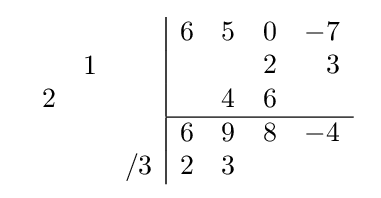
{\begin{array}{cc}{\begin{array}{rrr}\\&1&\\2&&\\\\&&/3\\\end{array}}{\begin{array}{|rrrr}6&5&0&-7\\&&2&3\\&4&6&\\\hline 6&9&8&-4\\2&3&&\\\end{array}}\end{array}}